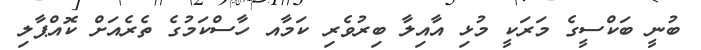
ބުނީ ބަކްސީގެ މަރަކީ މުޅި އާއިލާ ބިރުވެރި ކަމާއ ހާސްކަމުގެ ތެރެއަށް ކޮއްޕާލި